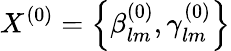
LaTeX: X^{(0)}=\left\lbrace{\beta_{lm}^{(0)},\gamma_{lm}^{(0)}}\right\rbrace